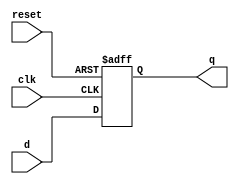
module flopr (
	clk,
	reset,
	d,
	q
);
	parameter WIDTH = 8;
	input wire clk;
	input wire reset;
	input wire [WIDTH - 1:0] d;
	output reg [WIDTH - 1:0] q;
	always @(posedge clk or posedge reset)
		if (reset)
			q <= 0;
		else
			q <= d;
endmodule